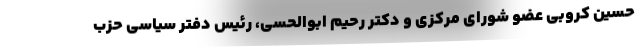
حسین کروبی عضو شورای مرکزی و دکتر رحیم ابوالحسی، رئیس دفتر سیاسی حزب